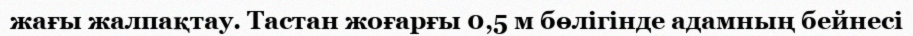
жағы жалпақтау. Тастан жоғарғы 0,5 м бөлігінде адамның бейнесі